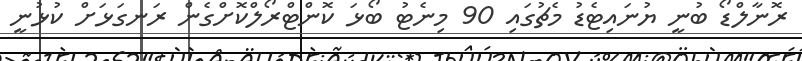
ރޮނާލްޑޯ ބުނީ ޔުނައިޓެޑު މެޗުގައި 90 މިނެޓު ބޯޅަ ކޮންޓްރޯލްކޮށްގެން ރަނގަޅަށް ކުޅުނީ